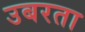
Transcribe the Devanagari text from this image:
उबरता